Report on sanitation, dispensaries, and jails in Rajputana for 1921, and on vaccination for the year 1921-1922 - 1921-1922
Year: 1921
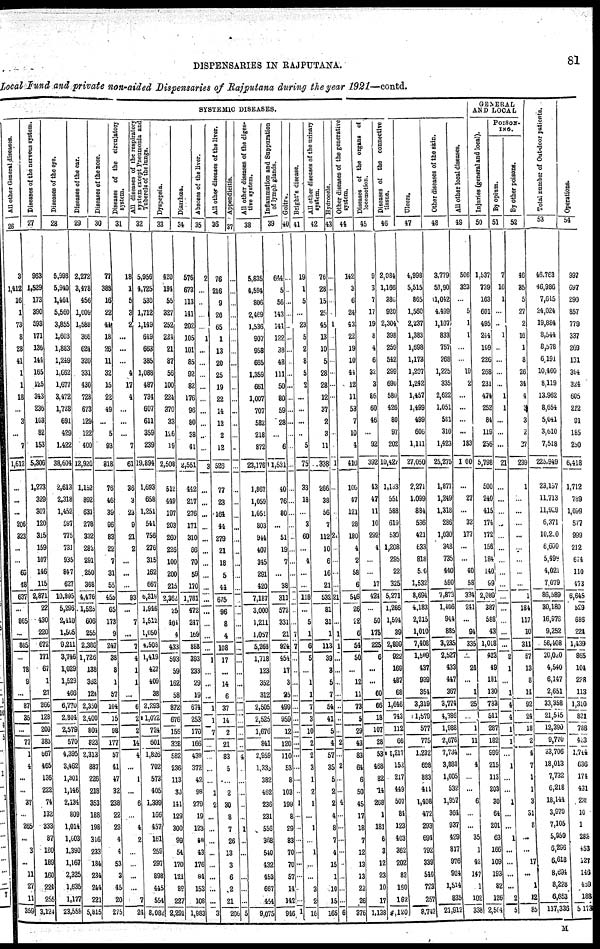
DISPENSARIES IN RAJPUTANA.
81
Local Fund and private non-aided Dispensaries of Rajputana during the year 1921—contd.
SYSTEMIC DISEASES.
All other General diseases.
26
3
1,412
16
1
73
8
28
41
1
1
18
...
3
...
7
1,612
...
...
...
206
323
...
...
66
48
637
...
865
...
865
...
78
8
...
87
35
...
77
1
4
...
...
37
...
265
...
3
...
11
27
11
359
Diseases of the nervous system.
27
963
1,529
173
390
593
171
136
144
165
125
343
236
103
82
153
5,306
1,273
329
307
120
315
159
107
146
115
2,871
22
430
220
672
171
67
1
27
266
128
209
383
667
465
136
222
74
132
333
87
180
189
160
224
255
3,124
Diseases of the eye.
28
5,998
5,940
1,461
5,560
3,855
2,603
1,883
1,249
1,662
1,677
3,472
1,728
691
429
1,422
38,604
2,613
2,318
1,452
597
775
731
935
847
627
10,895
5,296
2,410
1,505
9,211
3,746
1,029
1,529
466
6,770
2,804
2,579
570
4,395
3,462
1,301
1,146
2,134
809
1,014
1,603
1,390
1,167
2,325
1,635
1,177
23,558
Diseases of the ear.
29
2,272
3,478
456
1,009
1,588
366
624
320
331
430
728
673
129
122
400
12,926
1,152
892
631
278
332
282
291
250
368
4,476
1,525
606
255
2,386
1,726
138
352
124
2,350
2,400
804
823
2,313
887
226
218
353
188
198
316
233
184
234
244
221
5,815
Diseases of the nose.
30
77
388
16
22
44
18
26
11
32
15
22
49
...
5
93
818
76
46
39
96
83
22
7
31
55
455
65
173
9
247
38
8
1
57
104
15
98
177
57
41
47
32
238
22
23
4
4
53
3
45
20
275
Diseases of the circulatory
system.
31
18
1
5
3
2
...
...
...
4
17
4
...
...
...
7
61
36
3
23
9
21
2
...
...
...
93
...
7
...
7
4
1
1
...
6
2
2
14
4
...
1
...
6
...
4
2
...
...
...
...
7
24
All diseases of the respiratory
system except Pneumonia and
Tubercle of the lungs.
32
5,956
4,725
530
1,712
1,149
649
663
385
1,088
487
734
607
611
359
239
19,894
1,693
658
1,251
541
756
276
315
262
667
3,319
1,946
1,512
1,050
4,508
1,419
427
409
38
2,293
1,072
724
601
1,826
702
573
405
1,399
166
457
161
259
297
898
445
554
8,082
Dyspepsia.
33
420
194
55
327
252
224
21
87
56
100
224
370
33
126
19
2,508
512
449
197
203
260
226
100
200
215
2,362
25
404
4
433
593
59
162
58
872
676
156
328
582
236
113
30
141
129
300
99
54
170
121
89
227
2,291
Diarrhœa.
34
576
673
113
141
202
105
101
85
92
82
176
96
80
38
41
2,551
442
217
276
171
310
66
70
59
170
1,781
472
247
169
868
393
233
29
19
674
253
170
166
438
372
42
98
279
19
123
48
43
176
84
153
108
1,983
Abscess of the liver.
35
2
...
...
...
...
1
...
...
...
...
...
...
...
...
...
3
...
...
...
...
...
...
...
...
...
...
...
...
...
...
1
...
...
...
1
1
7
...
...
...
...
1
2
...
...
...
...
...
...
...
...
3
All other diseases of the liver.
36
76
216
9
26
65
1
13
20
25
19
22
14
12
2
12
526
77
23
164
44
279
21
18
5
44
675
96
8
4
108
17
...
14
6
37
14
2
21
83
5
...
2
30
8
7
26
13
3
6
2
21
206
Appendicitis.
37
...
...
...
...
...
...
...
...
...
...
...
...
...
...
...
...
...
...
...
...
...
...
...
...
...
...
...
...
...
...
...
...
...
...
...
...
...
...
4
...
...
...
...
...
1
...
...
...
...
...
...
5
All other diseases of the diges-
tive system.
38
5,835
4,594
806
2,469
1,536
907
958
665
1,359
661
1,007
707
582
218
872
23,176
1,867
1,059
1,051
803
944
407
345
291
420
7,187
3,000
1,211
1,057
5,268
1,718
123
352
312
2,505
2,525
1,676
841
2,959
1,335
382
462
236
231
556
368
540
432
453
667
454
9,075
Inflammation and Suppuration
of lymph glands.
39
644
5
56
143
141
122
38
48
111
50
80
59
28
...
6
1,531
40
76
80
...
51
19
7
...
38
311
572
331
21
924
454
17
3
25
499
959
12
120
110
53
8
103
199
8
29
83
70
70
57
14
142
946
Goitre.
40
...
...
...
...
...
...
...
...
...
...
...
...
...
...
...
...
...
...
...
...
...
...
...
...
...
...
...
...
7
7
...
...
...
...
...
...
...
...
...
...
...
...
1
...
...
...
...
...
...
...
...
1
Bright's disease.
41
19
1
5
...
23
5
2
8
5
2
...
...
...
...
5
75
33
18
...
3
60
...
4
...
...
118
...
5
1
6
5
...
1
1
7
3
10
2
2
3
1
2
1
...
1
...
1
...
...
3
2
16
All other diseases of the urinary
system.
42
76
28
15
25
45
13
10
5
28
28
12
37
2
3
11
338
266
38
56
7
112
10
6
16
21
532
81
31
1
113
39
3
5
7
54
41
5
4
57
35
5
2
2
4
8
7
4
15
1
10
15
165
Hydrocele.
43
...
...
...
...
1
...
...
...
...
...
...
...
...
...
...
1
...
...
...
...
21
...
...
...
...
21
...
...
1
1
...
...
...
...
...
...
...
2
...
2
...
...
4
...
...
...
...
...
...
...
...
6
Other diseases of the generative
system.
44
142
3
6
24
43
22
19
10
44
12
11
53
7
10
4
410
100
47
121
28
180
4
2
58
6
546
26
22
6
54
50
...
12
11
73
5
29
43
83
64
6
50
45
17
18
7
12
13
13
22
26
376
Diseases of the organs of
locomotion.
45
9
3
7
17
19
8
4
6
32
3
86
60
46
...
92
392
43
47
11
10
292
4
...
...
17
424
...
50
175
225
6
...
...
60
66
18
107
28
53
468
82
14
268
1
181
6
3
12
23
10
17
1,138
Diseases of the connective
tissue.
46
2,084
1,166
386
920
2,304
398
259
542
299
690
580
426
80
97
202
10,427
1,133
551
588
619
530
1,208
295
22
325
5,271
1,266
1,594
39
2,899
922
169
487
68
1,646
743
112
66
1,217
152
217
449
507
84
123
403
362
202
82
160
162
4,120
Ulcers.
47
4,998
5,515
865
1,560
2,237
1,383
1,698
1,173
1,207
1,242
1,457
1,499
499
606
1,111
27,050
2,271
1,099
884
536
421
633
818
500
1,532
8,694
4,183
2,215
1,010
7,408
1,589
437
939
354
3,319
1,579
577
775
1,232
688
883
411
1,408
472
293
694
792
339
540
723
257
8,742
Other diseases of the skin.
48
3,779
53,90
1,042
4,499
1,107
833
757
268
1,225
335
2,622
1,051
581
310
1,423
25,275
1,877
1,249
1,318
286
1,030
348
735
440
590
7,873
1,406
944
885
3,235
2,527
433
447
367
3,774
4,386
1,988
2,676
7,734
3,888
1,005
532
1,957
364
937
429
817
976
924
1,514
835
21,912
All other local diseases.
49
506
323
...
5
1
1
...
...
19
2
...
...
...
...
183
100
...
27
...
32
177
...
...
40
58
334
241
...
94
335
...
24
...
1
25
...
1
11
...
4
...
...
6
...
...
35
1
42
147
1
102
338
GENERAL
AND LOCAL
Injuries (general and local).
50
1,537
739
163
601
495
244
109
226
268
231
474
252
84
119
256
5,798
500
240
415
174
172
156
184
140
99
2,080
387
588
43
1,018
423
49
181
130
783
541
287
182
599
215
113
203
30
64
201
63
166
109
193
82
126
2,564
POISON¬
ING.
By opium.
51
7
10
1
...
...
1
...
...
...
...
1
1
...
...
...
21
...
...
...
...
...
...
...
...
...
...
...
...
...
...
2
1
...
1
4
4
1
1
...
1
...
...
1
...
...
1
...
...
...
...
2
5
By other poisons.
52
46
35
5
27
2
16
1
8
26
34
4
3
3
2
27
239
1
...
...
...
...
...
...
...
...
1
184
117
10
311
57
13
8
14
92
24
18
2
4
7
1
1
3
31
8
...
...
17
...
1
12
85
Total number of Out-door patients.
53
46,768
46,986
7,615
24,024
19,884
8,544
8,578
6,191
10,460
8,119
13,962
8,654
5,641
3,610
7,518
225,949
23,157
11,713
11,929
6,371
10,220
6,600
5,499
4,021
7,079
86,589
30,180
16,976
9,252
56,408
20,020
4,540
6,147
2,651
33,358
21,5415
12,390
9,770
33,706
18,013
7,732
6,218
18,144
3,970
7,105
5,959
6,296
6,618
8,694
8,228
6,653
137,336
Operations.
54
997
697
290
857
779
337
269
131
394
324
605
212
91
185
250
6,418
1,712
789
1,099
577
999
212
674
110
473
6,645
529
686
224
1,439
865
104
228
113
1,310
821
788
423
l,744
636
174
431
235
10
1
285
453
127
146
459
188
5,173
M